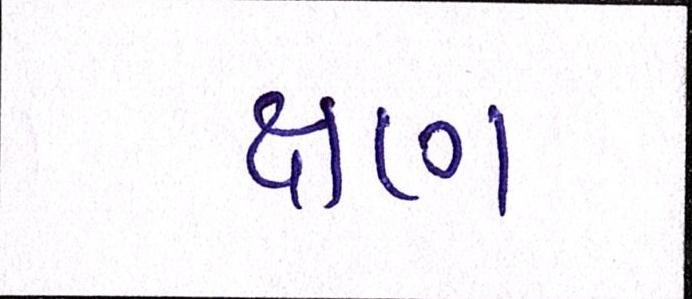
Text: ક્ષણ